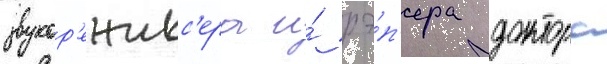
звукор'ежисс'ера и́ рэ́п'ера доктора